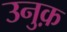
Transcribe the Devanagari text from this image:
उनुक़